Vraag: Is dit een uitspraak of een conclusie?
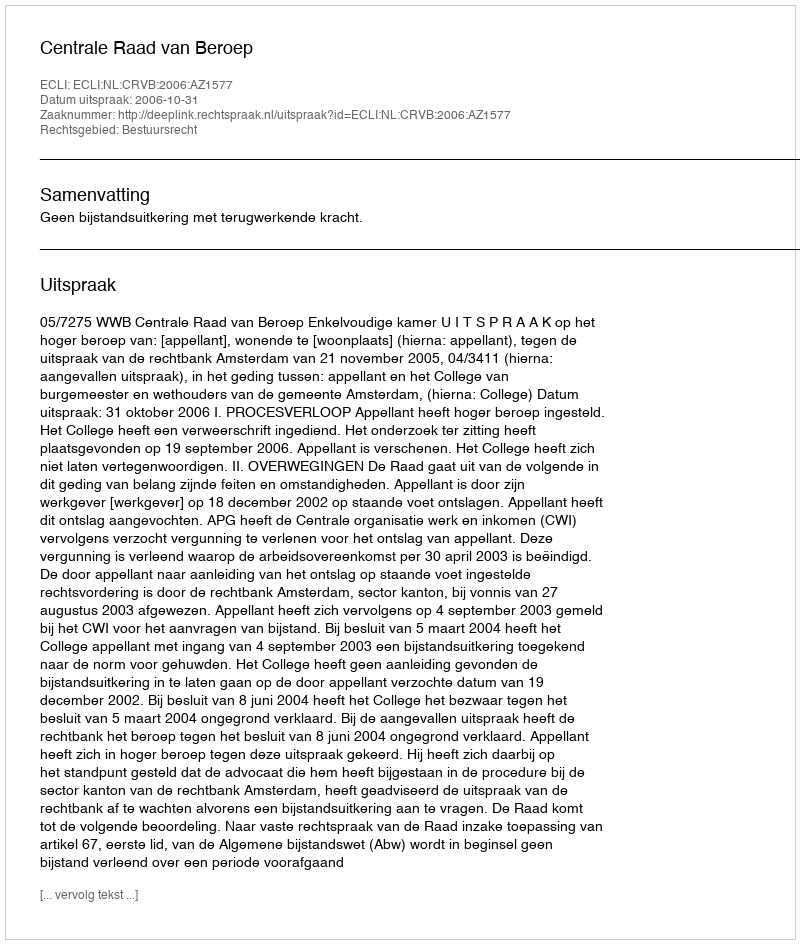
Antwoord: Uitspraak